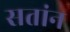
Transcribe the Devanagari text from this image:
सतांन